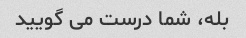
بله، شما درست می گویید